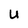
Character: U